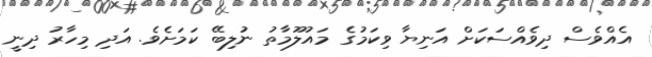
އެއްވެސް ދިވެއްސަކަށް އަނިޔާ ވިކަމުގެ މައުލޫމާތު ނުލިބޭ ކަމަށެވެ. އަދި މިހާރު ދިނީ